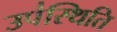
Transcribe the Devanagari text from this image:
उप॑स्थिति